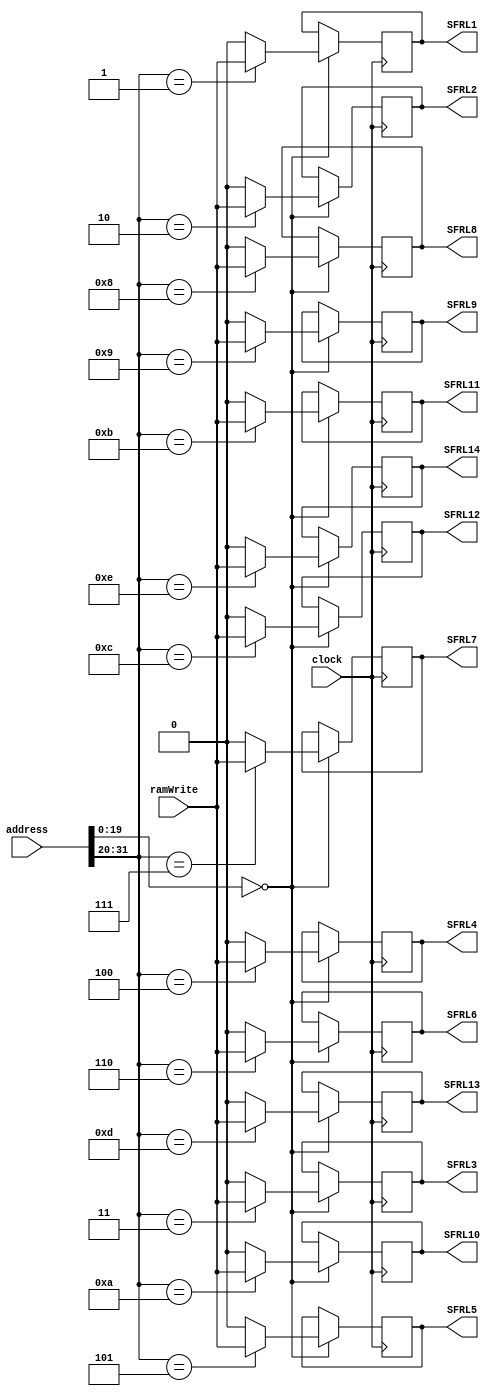
module SFRDecoder(clock, ramWrite, address, SFRL1, SFRL2, SFRL3, SFRL4, SFRL5, SFRL6, SFRL7, SFRL8, SFRL9, SFRL10, SFRL11, SFRL12, SFRL13, SFRL14);
input clock;
input ramWrite;
input [31:0]address;
output reg SFRL1, SFRL2, SFRL3, SFRL4, SFRL5, SFRL6, SFRL7, SFRL8, SFRL9, SFRL10, SFRL11, SFRL12, SFRL13, SFRL14; 

initial begin
	SFRL1 = 0;
	SFRL2 = 0;
	SFRL3 = 0;
	SFRL4 = 0;
	SFRL5 = 0;
	SFRL6 = 0;
	SFRL7 = 0;
	SFRL8 = 0;
	SFRL9 = 0;
	SFRL10 = 0;
	SFRL11 = 0;
	SFRL12 = 0;
	SFRL13 = 0;
	SFRL14 = 0;
end

always @(posedge clock) begin
if (address[19:0] == 20'b0) begin
			case (address[31:20])
		12'b000000000001: 
			begin
				SFRL1 = ramWrite;
				SFRL2 = 0;
				SFRL3 = 0;
				SFRL4 = 0;
				SFRL5 = 0;
				SFRL6 = 0;
				SFRL7 = 0;
				SFRL8 = 0;
				SFRL9 = 0;
				SFRL10 = 0;
				SFRL11 = 0;
				SFRL12 = 0;
				SFRL13 = 0;
				SFRL14 = 0;
			end
		12'b000000000010:
			begin 
				SFRL1 = 0;
				SFRL2 = ramWrite;
				SFRL3 = 0;
				SFRL4 = 0;
				SFRL5 = 0;
				SFRL6 = 0;
				SFRL7 = 0;
				SFRL8 = 0;
				SFRL9 = 0;
				SFRL10 = 0;
				SFRL11 = 0;
				SFRL12 = 0;
				SFRL13 = 0;
				SFRL14 = 0;
			
			end
		12'b000000000011:
			begin 
				SFRL1 = 0;
				SFRL2 = 0;
				SFRL3 = ramWrite;
				SFRL4 = 0;
				SFRL5 = 0;
				SFRL6 = 0;
				SFRL7 = 0;
				SFRL8 = 0;
				SFRL9 = 0;
				SFRL10 = 0;
				SFRL11 = 0;
				SFRL12 = 0;
				SFRL13 = 0;
				SFRL14 = 0;
			end
		12'b000000000100:
			begin 
				SFRL1 = 0;
				SFRL2 = 0;
				SFRL3 = 0;
				SFRL4 = ramWrite;
				SFRL5 = 0;
				SFRL6 = 0;
				SFRL7 = 0;
				SFRL8 = 0;
				SFRL9 = 0;
				SFRL10 = 0;
				SFRL11 = 0;
				SFRL12 = 0;
				SFRL13 = 0;
				SFRL14 = 0;
			end
		12'b000000000101:
			begin 
				SFRL1 = 0;
				SFRL2 = 0;
				SFRL3 = 0;
				SFRL4 = 0;
				SFRL5 = ramWrite;
				SFRL6 = 0;
				SFRL7 = 0;
				SFRL8 = 0;
				SFRL9 = 0;
				SFRL10 = 0;
				SFRL11 = 0;
				SFRL12 = 0;
				SFRL13 = 0;
				SFRL14 = 0;
			end
		12'b000000000110:
			begin 
				SFRL1 = 0;
				SFRL2 = 0;
				SFRL3 = 0;
				SFRL4 = 0;
				SFRL5 = 0;
				SFRL6 = ramWrite;
				SFRL7 = 0;
				SFRL8 = 0;
				SFRL9 = 0;
				SFRL10 = 0;
				SFRL11 = 0;
				SFRL12 = 0;
				SFRL13 = 0;
				SFRL14 = 0;
			end
		12'b000000000111:
			begin 
				SFRL1 = 0;
				SFRL2 = 0;
				SFRL3 = 0;
				SFRL4 = 0;
				SFRL5 = 0;
				SFRL6 = 0;
				SFRL7 = ramWrite;
				SFRL8 = 0;
				SFRL9 = 0;
				SFRL10 = 0;
				SFRL11 = 0;
				SFRL12 = 0;
				SFRL13 = 0;
				SFRL14 = 0;
				
			end
		12'b000000001000:
			begin 
				SFRL1 = 0;
				SFRL2 = 0;
				SFRL3 = 0;
				SFRL4 = 0;
				SFRL5 = 0;
				SFRL6 = 0;
				SFRL7 = 0;
				SFRL8 = ramWrite;
				SFRL9 = 0;
				SFRL10 = 0;
				SFRL11 = 0;
				SFRL12 = 0;
				SFRL13 = 0;
				SFRL14 = 0;
				
			end
		12'b000000001001:
			begin 
				SFRL1 = 0;
				SFRL2 = 0;
				SFRL3 = 0;
				SFRL4 = 0;
				SFRL5 = 0;
				SFRL6 = 0;
				SFRL7 = 0;
				SFRL8 = 0;
				SFRL9 = ramWrite;
				SFRL10 = 0;
				SFRL11 = 0;
				SFRL12 = 0;
				SFRL13 = 0;
				SFRL14 = 0;
				
			end
		12'b000000001010:
			begin 
				SFRL1 = 0;
				SFRL2 = 0;
				SFRL3 = 0;
				SFRL4 = 0;
				SFRL5 = 0;
				SFRL6 = 0;
				SFRL7 = 0;
				SFRL8 = 0;
				SFRL9 = 0;
				SFRL10 = ramWrite;
				SFRL11 = 0;
				SFRL12 = 0;
				SFRL13 = 0;
				SFRL14 = 0;
			end
		12'b00000001011:
			begin 
				SFRL1 = 0;
				SFRL2 = 0;
				SFRL3 = 0;
				SFRL4 = 0;
				SFRL5 = 0;
				SFRL6 = 0;
				SFRL7 = 0;
				SFRL8 = 0;
				SFRL9 = 0;
				SFRL10 = 0;
				SFRL11 = ramWrite;
				SFRL12 = 0;
				SFRL13 = 0;
				SFRL14 = 0;
				
			end
		12'b00000001100:
			begin 
				SFRL1 = 0;
				SFRL2 = 0;
				SFRL3 = 0;
				SFRL4 = 0;
				SFRL5 = 0;
				SFRL6 = 0;
				SFRL7 = 0;
				SFRL8 = 0;
				SFRL9 = 0;
				SFRL10 = 0;
				SFRL11 = 0;
				SFRL12 = ramWrite;
				SFRL13 = 0;
				SFRL14 = 0;
			end
		12'b00000001101:
			begin 
				SFRL1 = 0;
				SFRL2 = 0;
				SFRL3 = 0;
				SFRL4 = 0;
				SFRL5 = 0;
				SFRL6 = 0;
				SFRL7 = 0;
				SFRL8 = 0;
				SFRL9 = 0;
				SFRL10 = 0;
				SFRL11 = 0;
				SFRL12 = 0;
				SFRL13 = ramWrite;
				SFRL14 = 0;
			end
		12'b00000001110:
			begin 
				SFRL1 = 0;
				SFRL2 = 0;
				SFRL3 = 0;
				SFRL4 = 0;
				SFRL5 = 0;
				SFRL6 = 0;
				SFRL7 = 0;
				SFRL8 = 0;
				SFRL9 = 0;
				SFRL10 = 0;
				SFRL11 = 0;
				SFRL12 = 0;
				SFRL13 = 0;
				SFRL14 = ramWrite;
			end
		default:
			begin
			SFRL1 = 0;
			SFRL2 = 0;
			SFRL3 = 0;
			SFRL4 = 0;
			SFRL5 = 0;
			SFRL6 = 0;
			SFRL7 = 0;
			SFRL8 = 0;
			SFRL9 = 0;
			SFRL10 = 0;
			SFRL11 = 0;
			SFRL12 = 0;
			SFRL13 = 0;
			SFRL14 = 0;
			end
		
		endcase
	end
end
endmodule

//SFR1 Load connected to SFRL1 from decoder

module SFR(load, clock, reset, in, out);
	parameter n = 64;
	input load, clock, reset;
	input [n-1:0] in;
	output reg [n-1:0] out;

	always @(negedge clock or negedge reset) begin
		if (~reset)
			out <= {n{1'b0}};
		else if(load)
			out <= in;
	end
endmodule